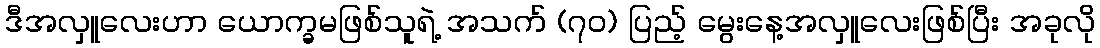
ဒီအလှူလေးဟာ ယောက္ခမဖြစ်သူရဲ့ အသက် (၇၀) ပြည့် မွေးနေ့အလှူလေးဖြစ်ပြီး အခုလို